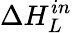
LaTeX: \Delta H_{L}^{in}